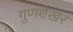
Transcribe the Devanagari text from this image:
गुणशेखर